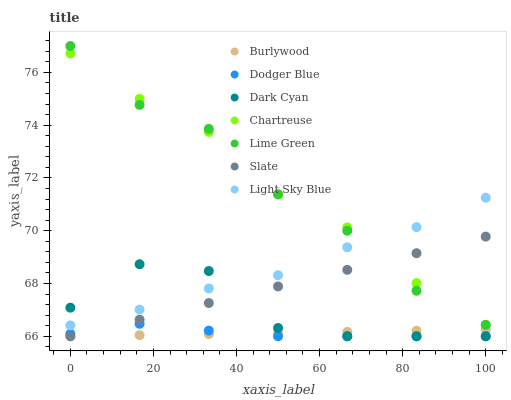
| xaxis_label | Burlywood | Dodger Blue | Dark Cyan | Chartreuse | Lime Green | Slate | Light Sky Blue |
 | --- | --- | --- | --- | --- | --- | --- | --- |
 | 0 | 66 | 66.1 | 67.1 | 76.7 | 77 | 66 | 66.4 |
 | 16.7 | 66 | 66.5 | 68.7 | 75 | 74.8 | 66.6 | 67 |
 | 33.3 | 66.1 | 66.2 | 68.5 | 73.7 | 73.9 | 67.3 | 67.8 |
 | 50 | 66.1 | 66 | 66.3 | 71.4 | 71.4 | 67.9 | 68.3 |
 | 66.7 | 66.2 | 66 | 66 | 70.1 | 70 | 68.5 | 69.4 |
 | 83.3 | 66.2 | 66 | 66 | 68 | 67.7 | 69.1 | 70.1 |
 | 100 | 66.2 | 66 | 66 | 66.4 | 66.4 | 69.8 | 71.3 |